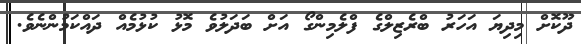
ދޫކޮށް މިދިޔަ އަހަރު ބްރެޒިލްގެ ފްލެމިންގޯ އަށް ބަދަލުވެ މޮޅު ކުޅުމެއް ދައްކަމުންނެވެ.